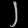
Digit: ၂